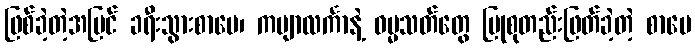
ဖြစ်ခဲ့တဲ့အပြင် ခရီးသွားစာပေ၊ ကဗျာလင်္ကာနဲ့ ဓမ္မသတ်တွေ ပြုစုတည်းဖြတ်ခဲ့တဲ့ စာပေ